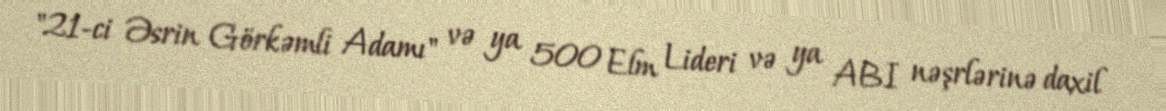
"21-ci Əsrin Görkəmli Adamı" və ya 500 Elm Lideri və ya ABI nəşrlərinə daxil